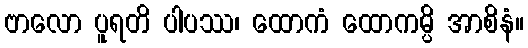
ဗာလော ပူရတိ ပါပဿ၊ ထောကံ ထောကမ္ပိ အာစိနံ။